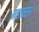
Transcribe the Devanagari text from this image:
महावंस।